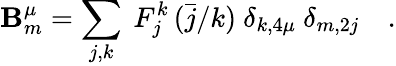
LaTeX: \mathbf{B}_{m}^{\mu}=\sum_{j,k}\ F_{j}^{k}\, (\bar{{j}}/k)\ \delta_{k,4\mu}\ \delta_{m,2j}\quad.